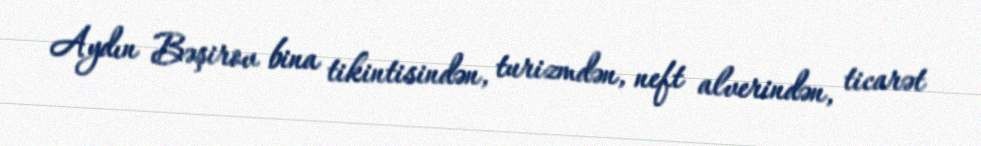
Aydın Bəşirov bina tikintisindən, turizmdən, neft alverindən, ticarət